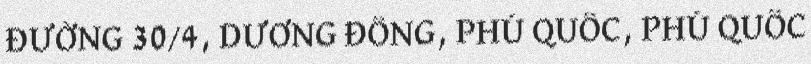
ĐƯỜNG 30/4, DƯƠNG ĐÔNG, PHÚ QUỐC, PHÚ QUỐC